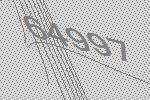
64997